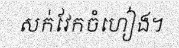
សក់វែកចំហៀង។